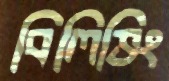
বিলিভিং